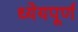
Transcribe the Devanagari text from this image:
ध्येयपूर्ण